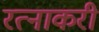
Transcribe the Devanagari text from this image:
रत्नाकरी